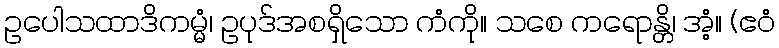
ဥပေါသထာဒိကမ္မံ၊ ဥပုဒ်အစရှိသော ကံကို။ သစေ ကရောန္တိ၊ အံ့။ (ဧဝံ